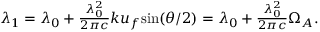
\begin{array} { r } { \lambda _ { 1 } = \lambda _ { 0 } + \frac { \lambda _ { 0 } ^ { 2 } } { 2 \pi c } k u _ { f } \mathrm { s i n } ( \theta / 2 ) = \lambda _ { 0 } + \frac { \lambda _ { 0 } ^ { 2 } } { 2 \pi c } \Omega _ { A } . } \end{array}